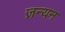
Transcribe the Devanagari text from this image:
ज़न्यन